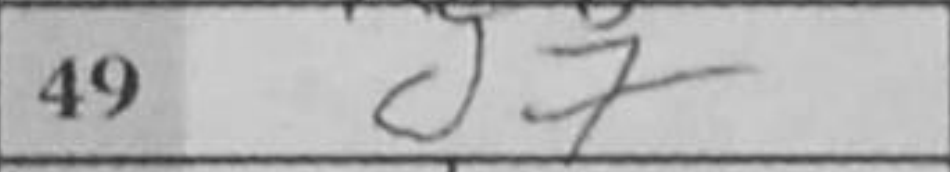
Transcription: d7